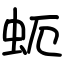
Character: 蚅